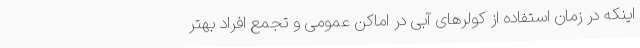
اینکه در زمان استفاده از کولرهای آبی در اماکن عمومی و تجمع افراد بهتر